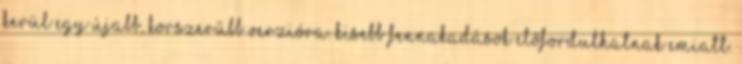
kerül egy újabb, korszerűbb verzióra. Kisebb fennakadások előfordulhatnak emiatt.